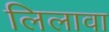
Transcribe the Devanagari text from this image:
लिलावा